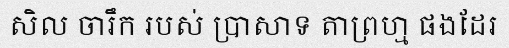
សិល ចារឹក របស់ ប្រាសាទ តាព្រហ្ម ផងដែរ